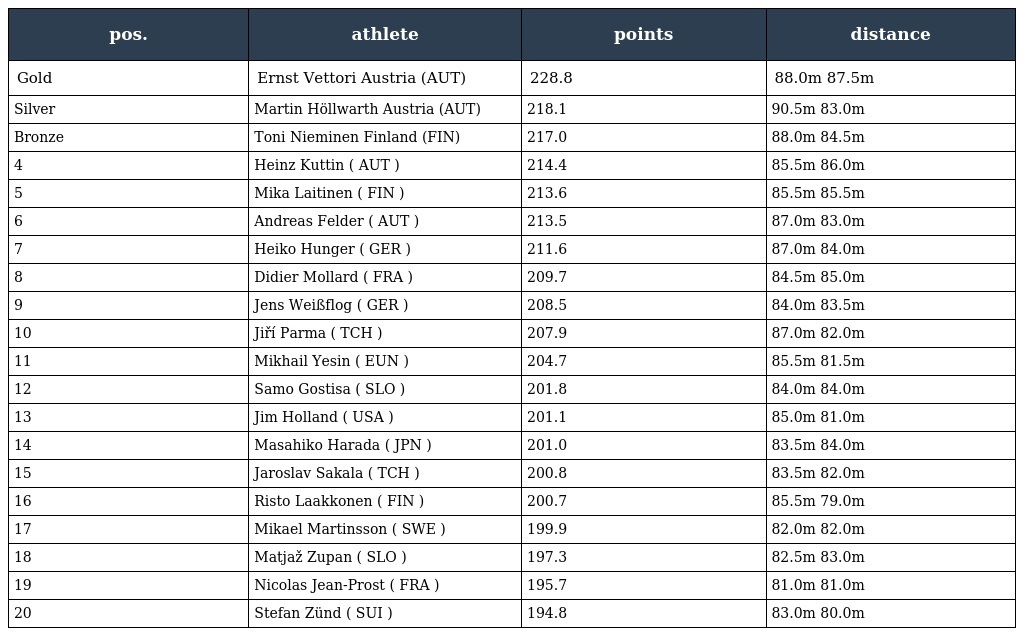
| pos. | athlete | points | distance |
 | --- | --- | --- | --- |
 | Gold | Ernst Vettori Austria (AUT) | 228.8 | 88.0m 87.5m |
 | Silver | Martin Höllwarth Austria (AUT) | 218.1 | 90.5m 83.0m |
 | Bronze | Toni Nieminen Finland (FIN) | 217.0 | 88.0m 84.5m |
 | 4 | Heinz Kuttin ( AUT ) | 214.4 | 85.5m 86.0m |
 | 5 | Mika Laitinen ( FIN ) | 213.6 | 85.5m 85.5m |
 | 6 | Andreas Felder ( AUT ) | 213.5 | 87.0m 83.0m |
 | 7 | Heiko Hunger ( GER ) | 211.6 | 87.0m 84.0m |
 | 8 | Didier Mollard ( FRA ) | 209.7 | 84.5m 85.0m |
 | 9 | Jens Weißflog ( GER ) | 208.5 | 84.0m 83.5m |
 | 10 | Jiří Parma ( TCH ) | 207.9 | 87.0m 82.0m |
 | 11 | Mikhail Yesin ( EUN ) | 204.7 | 85.5m 81.5m |
 | 12 | Samo Gostisa ( SLO ) | 201.8 | 84.0m 84.0m |
 | 13 | Jim Holland ( USA ) | 201.1 | 85.0m 81.0m |
 | 14 | Masahiko Harada ( JPN ) | 201.0 | 83.5m 84.0m |
 | 15 | Jaroslav Sakala ( TCH ) | 200.8 | 83.5m 82.0m |
 | 16 | Risto Laakkonen ( FIN ) | 200.7 | 85.5m 79.0m |
 | 17 | Mikael Martinsson ( SWE ) | 199.9 | 82.0m 82.0m |
 | 18 | Matjaž Zupan ( SLO ) | 197.3 | 82.5m 83.0m |
 | 19 | Nicolas Jean-Prost ( FRA ) | 195.7 | 81.0m 81.0m |
 | 20 | Stefan Zünd ( SUI ) | 194.8 | 83.0m 80.0m |